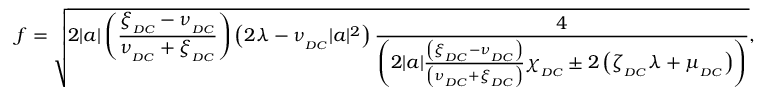
f = \sqrt { 2 | a | \left( \frac { \xi _ { _ { D C } } - \nu _ { _ { D C } } } { \nu _ { _ { D C } } + \xi _ { _ { D C } } } \right) \left( 2 \lambda - \nu _ { _ { D C } } | a | ^ { 2 } \right) \frac { 4 } { \left( 2 | a | \frac { \left( \xi _ { _ { D C } } - \nu _ { _ { D C } } \right) } { \left( \nu _ { _ { D C } } + \xi _ { _ { D C } } \right) } \chi _ { _ { D C } } \pm 2 \left( \zeta _ { _ { D C } } \lambda + \mu _ { _ { D C } } \right) \right) } } ,